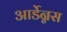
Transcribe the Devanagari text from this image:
आर्डेन्नस